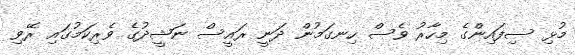
މުޅި ސިފައިންގެ މިހާރު ވެސް ހިނގަމުން ދަނީ ރައީސް ނަޝީދުގެ ވެރިކަމުގައި ރޭވި